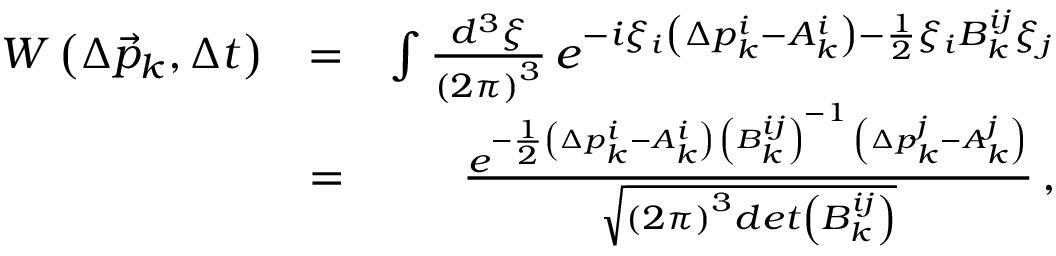
\begin{array} { r l r } { W \left( \Delta \vec { p } _ { k } , \Delta t \right) } & { = } & { \int \frac { d ^ { 3 } \xi } { \left( 2 \pi \right) ^ { 3 } } \, e ^ { - i \xi _ { i } \left( \Delta p _ { k } ^ { i } - A _ { k } ^ { i } \right) - \frac { 1 } { 2 } \xi _ { i } B _ { k } ^ { i j } \xi _ { j } } } \\ & { = } & { \frac { e ^ { - \frac { 1 } { 2 } \left( \Delta p _ { k } ^ { i } - A _ { k } ^ { i } \right) \, \left( B _ { k } ^ { i j } \right) ^ { - 1 } \, \left( \Delta p _ { k } ^ { j } - A _ { k } ^ { j } \right) } } { \sqrt { \left( 2 \pi \right) ^ { 3 } d e t \left( B _ { k } ^ { i j } \right) } } \, , } \end{array}